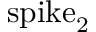
\mathrm { s p i k e } _ { 2 }